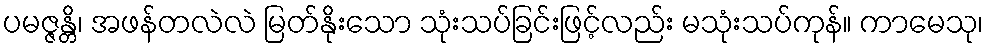
ပမဇ္ဇန္တိ၊ အဖန်တလဲလဲ မြတ်နိုးသော သုံးသပ်ခြင်းဖြင့်လည်း မသုံးသပ်ကုန်။ ကာမေသု၊